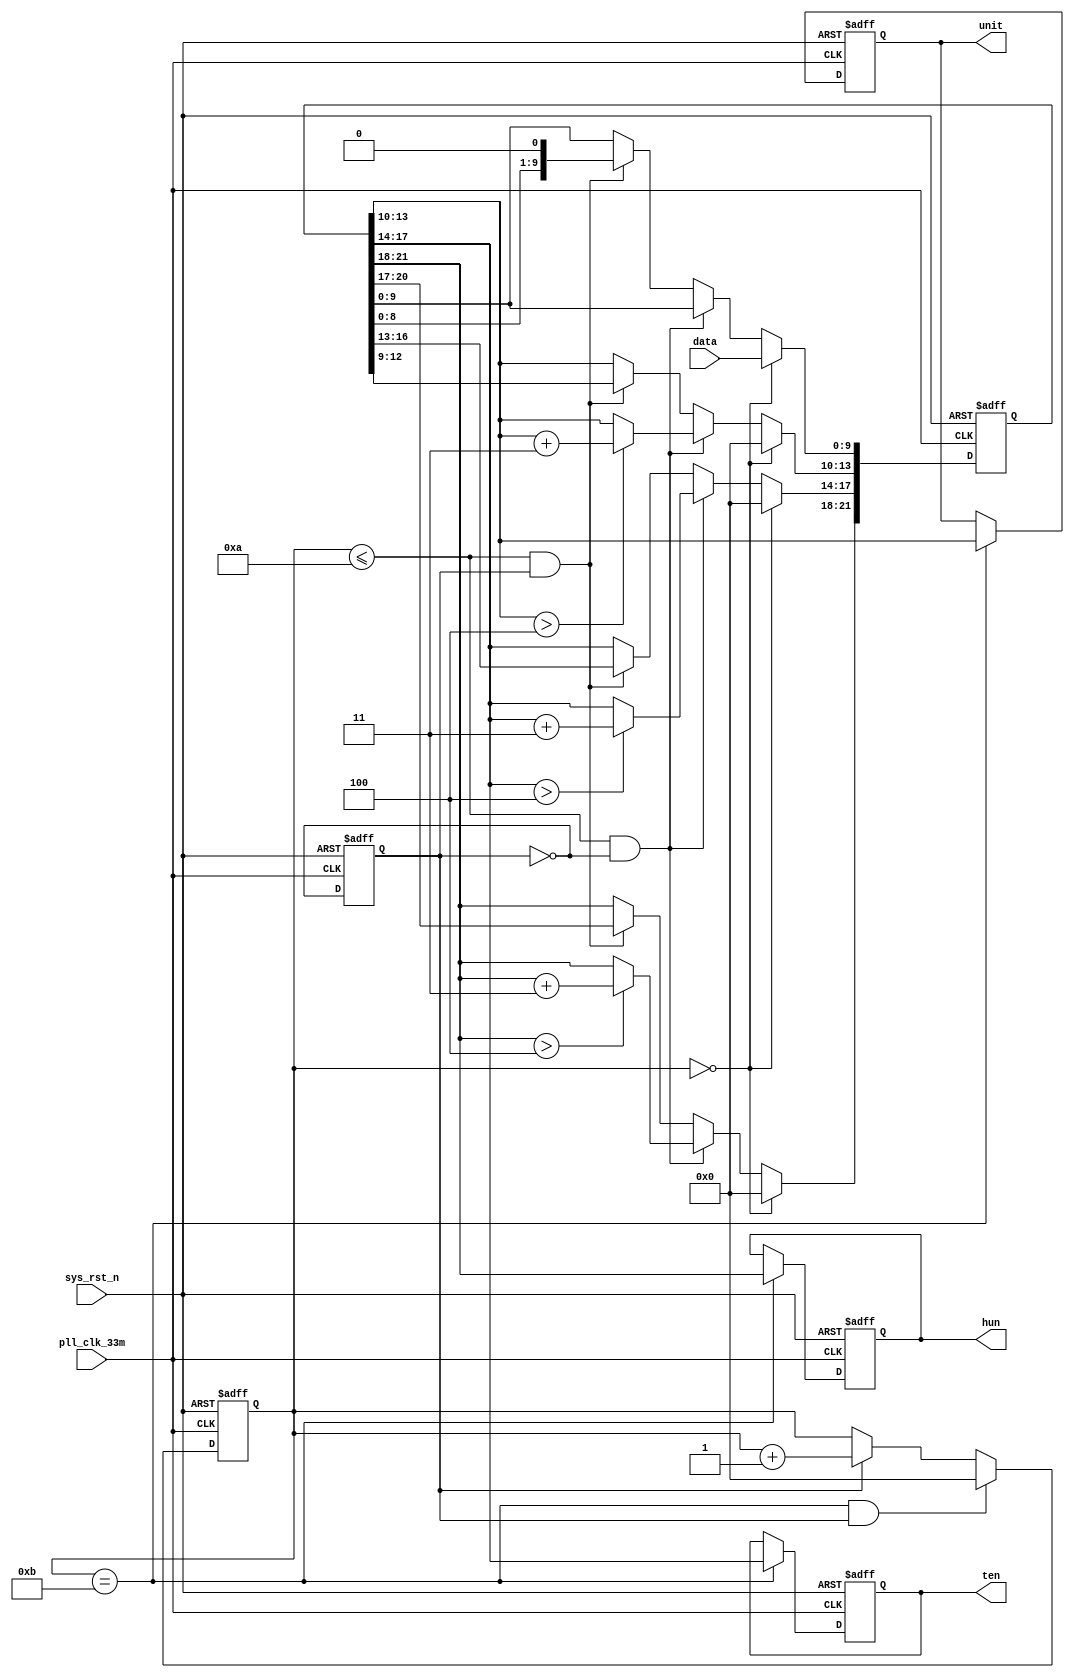
`timescale  1ns/1ns
//=================================================================================
//  Author       la
//  Project name Gas Sensor on FPGA
//  Module Name  : bcd_8421
//  Created Time 2022.5.13
//  Description  BCD
//=================================================================================
module  bcd_8421
(
    input   wire            pll_clk_33m          ,   //50MHz
    input   wire            sys_rst_n            ,   //
    input   wire    [9:0]   data                 ,   //

    output  reg     [3:0]   unit                 ,   //BCD
    output  reg     [3:0]   ten                  ,   //BCD
    output  reg     [3:0]   hun                      //BCD

);

//--------------------------------------------------------------------------
//-------------------------------------------------------------
//--------------------------------------------------------------------------

reg       [3:0]       cnt_shift                  ;   //
reg       [21:0]      data_shift                 ;   //
reg                   shift_flag                 ;   //,flag=0flag=1

//--------------------------------------------------------------------------
//---------------------------------Main Code--------------------------------
//--------------------------------------------------------------------------

//cnt_shift:011
always@(posedge pll_clk_33m or negedge sys_rst_n)
    if(sys_rst_n == 1'b0)
        cnt_shift   <=  4'd0;
    else    if((cnt_shift == 4'd11) && (shift_flag == 1'b1))
        cnt_shift   <=  4'd0;
    else    if(shift_flag == 1'b1)
        cnt_shift   <=  cnt_shift + 1'b1;
    else
        cnt_shift   <=  cnt_shift;
       
//data_shift01~10
always@(posedge pll_clk_33m or negedge sys_rst_n)
    if(sys_rst_n == 1'b0)
        data_shift  <=  22'b0;
    else    if(cnt_shift == 5'd0)
        data_shift  <=  {12'b0,data};
    else    if((cnt_shift <= 10) && (shift_flag == 1'b0))
        begin
            data_shift[13:10]   <=  (data_shift[13:10] > 4) ? (data_shift[13:10] + 2'd3) : (data_shift[13:10]);
            data_shift[17:14]   <=  (data_shift[17:14] > 4) ? (data_shift[17:14] + 2'd3) : (data_shift[17:14]);
            data_shift[21:18]   <=  (data_shift[21:18] > 4) ? (data_shift[21:18] + 2'd3) : (data_shift[21:18]);
        end
    else    if((cnt_shift <= 10) && (shift_flag == 1'b1))
        data_shift  <=  data_shift << 1;
    else
        data_shift  <=  data_shift;

//shift_flag
always@(posedge pll_clk_33m or negedge sys_rst_n)
    if(sys_rst_n == 1'b0)
        shift_flag  <=  1'b0;
    else
        shift_flag  <=  ~shift_flag;

//10BCD
always@(posedge pll_clk_33m or negedge sys_rst_n)
    if(sys_rst_n == 1'b0)
        begin
            unit    <=  4'b0;
            ten     <=  4'b0;
            hun     <=  4'b0;

        end
    else    if(cnt_shift == 4'd11)
        begin
            unit    <=  data_shift[13:10];
            ten     <=  data_shift[17:14];
            hun     <=  data_shift[21:18];
        end

endmodule